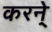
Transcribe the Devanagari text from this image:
करने्